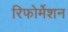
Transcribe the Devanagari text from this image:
रिफोर्मेशन